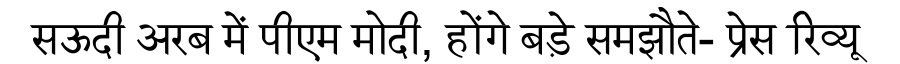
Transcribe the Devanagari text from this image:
सऊदी अरब में पीएम मोदी, होंगे बड़े समझौते- प्रेस रिव्यू